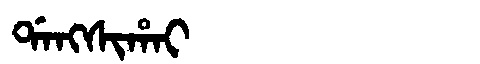
Manchu: ᡩᠠᠩᠰᡳᡥᠠᡳ
Romanization: DANGSIHAI